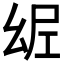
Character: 𢇀